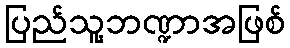
ပြည်သူ့ဘဏ္ဍာအဖြစ်